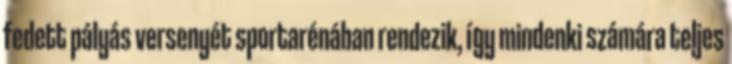
fedett pályás versenyét sportarénában rendezik, így mindenki számára teljes